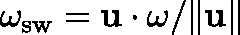
\omega _ { \mathrm { s w } } = \mathbf { u } \cdot \mathbf { \omega } / \Vert \mathbf { u } \Vert